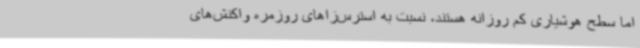
اما سطح هوشیاری کم روزانه هستند، نسبت به استرس‌زاهای روزمره واکنش‌های